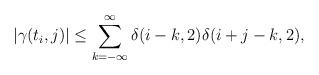
LaTeX: \begin{align*}|\gamma(t_i,j)| \leq \sum_{k=-\infty}^{\infty} \delta(i-k,2)\delta(i+j-k,2),\end{align*}